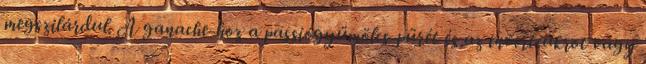
megszilárdul. A ganache-hoz a passiógyümölcs-pürét és az invertcukrot vagy